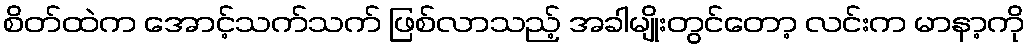
စိတ်ထဲက အောင့်သက်သက် ဖြစ်လာသည့် အခါမျိုးတွင်တော့ လင်းက မာနာ့ကို